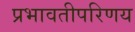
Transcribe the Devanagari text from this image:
प्रभावतीपरिणय